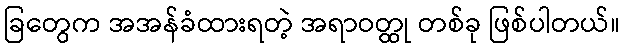
ခြတွေက အအန်ခံထားရတဲ့ အရာဝတ္ထု တစ်ခု ဖြစ်ပါတယ်။